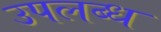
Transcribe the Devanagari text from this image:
उपलब्‍ध्‍ा